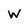
Character: W